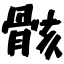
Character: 骸